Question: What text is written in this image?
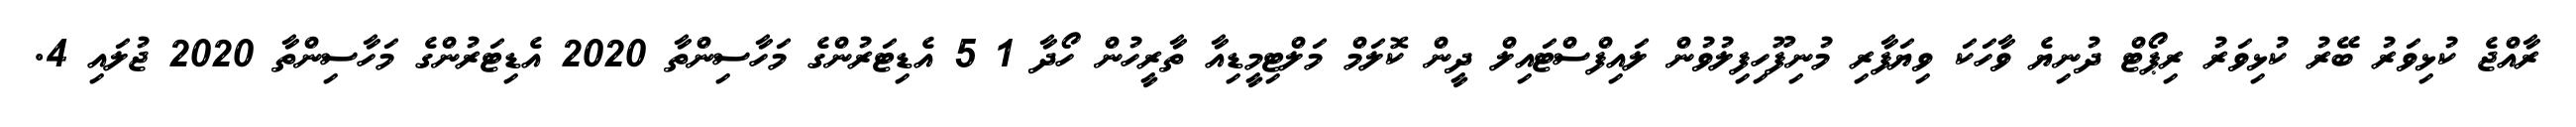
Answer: ރާއްޖެ ކުޅިވަރު ބޭރު ކުޅިވަރު ރިޕޯޓް ދުނިޔެ ވާހަކަ ވިޔަފާރި މުނިފޫހިފިލުވުން ލައިފްސްޓައިލް ދީން ކޮލަމް މަލްޓިމީޑިއާ ތާރީހުން ހޯދާ 1 5 އެޑިޓަރުންގެ މަހާސިންތާ 2020 އެޑިޓަރުންގެ މަހާސިންތާ 2020 ޖުލައި 4.